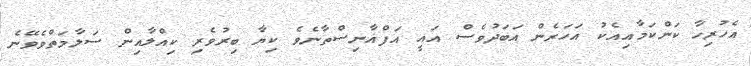
އެހުރިހާ ކަންކަމާއިއެކު އަހަރެން އަބަދުވެސް އައީ އަފްޣާނިސްތާނެވެ ކިޔާ ބިރުވެރި ކިއްލާއިން ސަލާމަތްވެވޭނެ